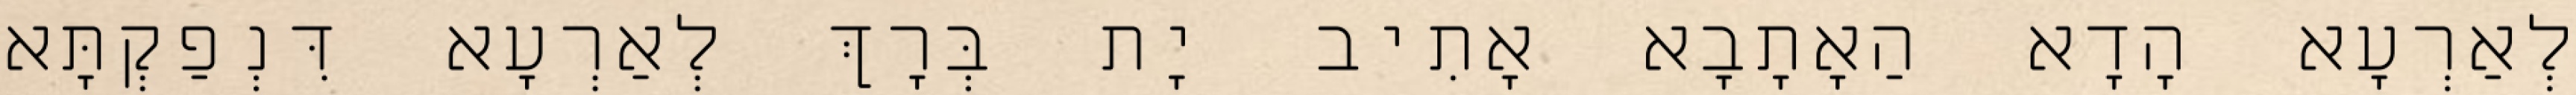
לְאַרְעָא הָדָא הַאָתָבָא אָתִיב יָת בְּרָךְ לְאַרְעָא דִּנְפַקְתָּא